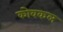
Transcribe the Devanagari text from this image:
कोवकल